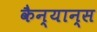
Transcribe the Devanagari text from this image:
कैन्यान्स